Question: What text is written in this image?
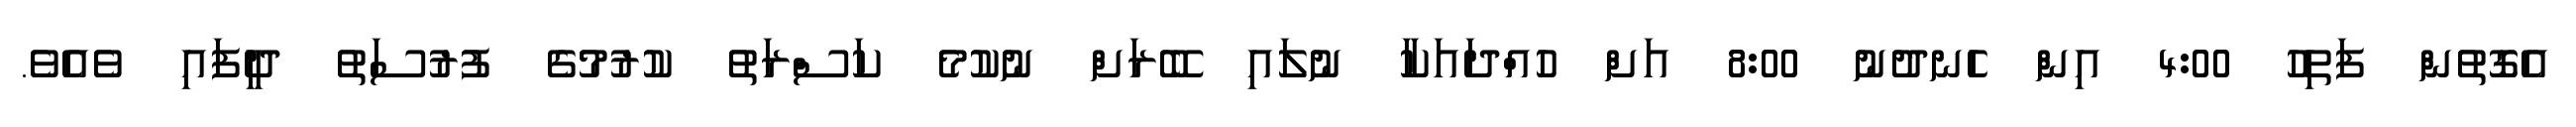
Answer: އެގޮތުން ފަތިހު 4:00 އިން ހެނދުނު 8:00 އަށް ހުއްދައަކާ ނުލައި ބޭރަށް ނުކުމެ ކަސްރަތު ކުރުމުގެ ފުރުސަތު ދީފައި ވެއެވެ.